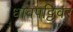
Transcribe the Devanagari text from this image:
धावपट्टिवर